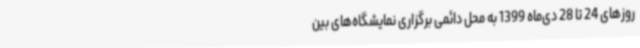
روزهای 24 تا 28 دی‌ماه 1399 به محل دائمی برگزاری نمایشگاه‌های بین